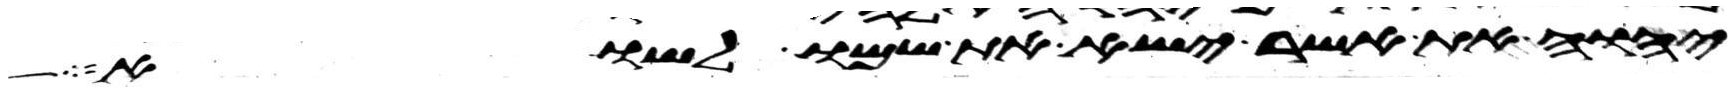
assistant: יהוה את אשר ישא את שמו לשוא